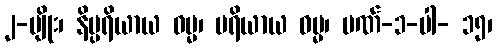
၂-မျိုး၊ နိပ္ပရိယာယ ဓမ္မ၊ ပရိယာယ ဓမ္မ၊ ပဏ်-၁-ပါ- ၁၅၊